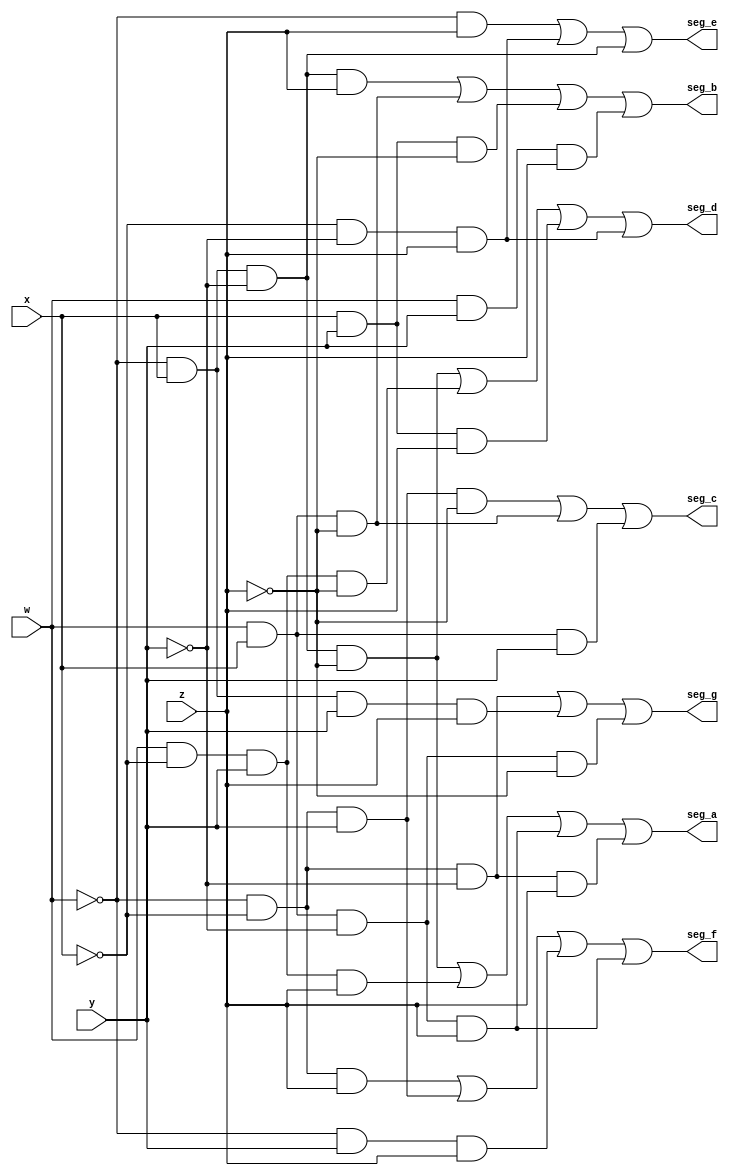
module decoder_bin_hex_7seg(
    input w,
    input x,
    input y,
    input z,
    output seg_a,
    output seg_b,
    output seg_c,
    output seg_d,
    output seg_e,
    output seg_f,
    output seg_g
    );
    
    assign seg_a = (~w&x&~y&~z)|(w&~x&y&z)|(w&x&~y&z)|(~w&~x&~y&z);
    assign seg_b = (~w&x&~y&z)|(w&x&~z)|(x&y&~z)|(w&y&z);
    assign seg_c = (~w&~x&y&~z)|(w&x&~z)|(w&x&y);
    assign seg_d = (~w&x&~y&~z)|(w&~x&y&~z)|(x&y&z)|(~x&~y&z);
    assign seg_e = (~w&z)|(~x&~y&z)|(~w&x&~y);
    assign seg_f = (~w&~x&z)|(~w&~x&y)|(~w&y&z)|(w&x&~y&z);
    assign seg_g = (~w&~x&~y)|(~w&x&y&z)|(w&x&~y&~z);
    
endmodule